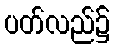
ပတ်လည်၌